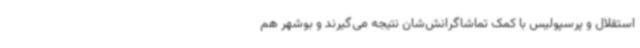
استقلال و پرسپولیس با کمک تماشاگرانش‌شان نتیجه‌ می‌گیرند و بوشهر هم